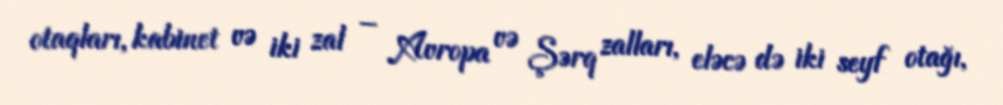
otaqları, kabinet və iki zal – Avropa və Şərq zalları, eləcə də iki seyf otağı,